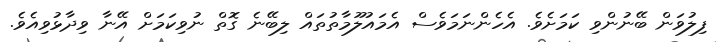
ފިލުވަން ބޭނުންވި ކަމަށެވެ. އެހެންނަމަވެސް އެމައުލޫމާތުތައް ލިބޭނެ ގޮތް ނުވިކަމަށް އޭނާ ވިދާޅުވިއެވެ.